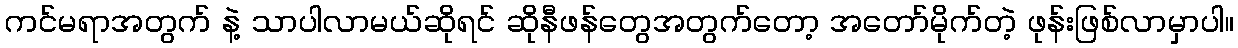
ကင်မရာအတွက် နဲ့ သာပါလာမယ်ဆိုရင် ဆိုနီဖန်တွေအတွက်တော့ အတော်မိုက်တဲ့ ဖုန်းဖြစ်လာမှာပါ။